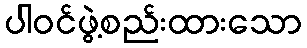
ပါဝင်ဖွဲ့စည်းထားသော